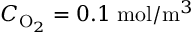
C _ { \mathrm { O } _ { 2 } } = 0 . 1 \; \mathrm { m o l } / \mathrm { m } ^ { 3 }